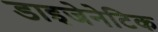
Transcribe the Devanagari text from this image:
डाइजेनेटिक